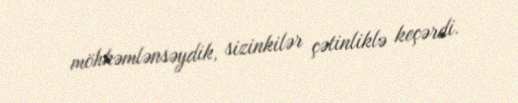
möhkəmlənsəydik, sizinkilər çətinliklə keçərdi.